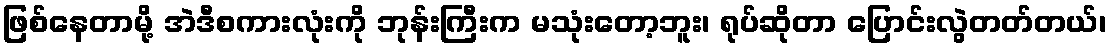
ဖြစ်နေတာမို့ အဲဒီစကားလုံးကို ဘုန်းကြီးက မသုံးတော့ဘူး၊ ရုပ်ဆိုတာ ပြောင်းလွဲတတ်တယ်၊